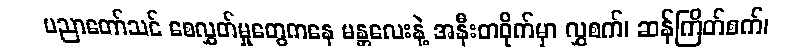
ပညာတော်သင် စေလွှတ်မှုတွေကနေ မန္တလေးနဲ့ အနီးတဝိုက်မှာ လွှစက်၊ ဆန်ကြိတ်စက်၊